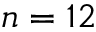
n = 1 2